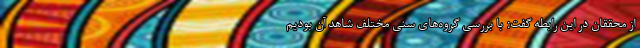
از محققان در این رابطه گفت: با بررسی گروه‌های سنی مختلف شاهد آن بودیم